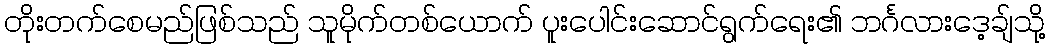
တိုးတက်စေမည်ဖြစ်သည် သူမိုက်တစ်ယောက် ပူးပေါင်းဆောင်ရွက်ရေး၏ ဘင်္ဂလားဒေ့ချ်သို့